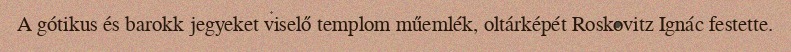
A gótikus és barokk jegyeket viselő templom műemlék, oltárképét Roskovitz Ignác festette.